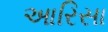
આરિસા